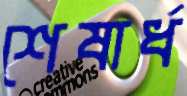
শেষার্ধ